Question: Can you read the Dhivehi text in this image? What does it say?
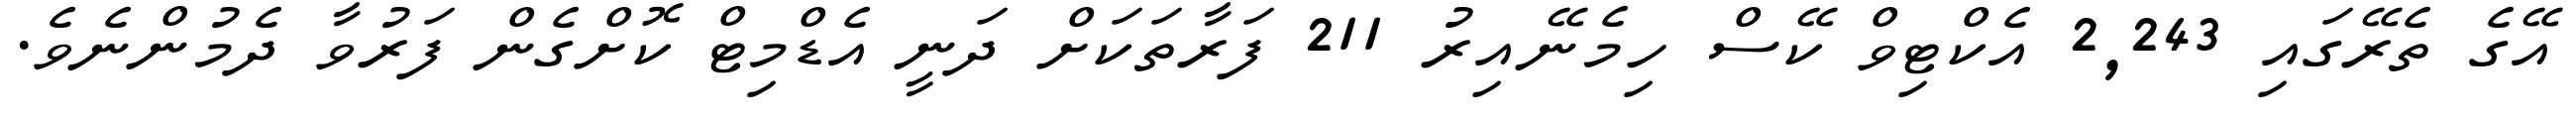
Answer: އޭގެ ތެރޭގައި 2,243 އެކްޓިވް ކޭސް ހިމެނޭއިރު 211 ފަރާތަކަށް ދަނީ އެޑްމިޓް ކޮށްގެން ފަރުވާ ދެމުންނެވެ.